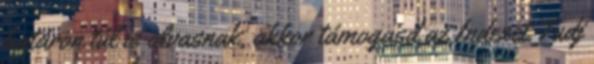
határon túl is olvasnak, akkor támogasd az Indexet Tudj